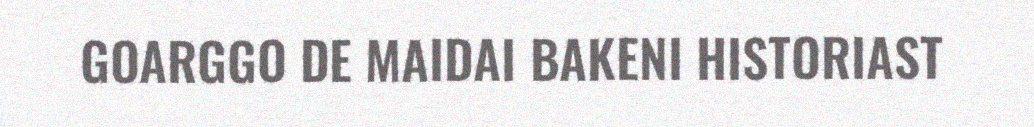
GOARGGO DE MAIDAI BAKENI HISTORIAST